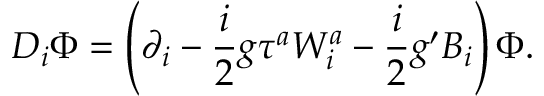
D _ { i } \Phi = \left( \partial _ { i } - \frac { i } { 2 } g \tau ^ { a } W _ { i } ^ { a } - \frac { i } { 2 } g ^ { \prime } B _ { i } \right) \Phi .